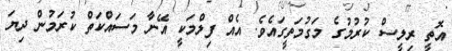
އޮތީ ރިލީސް ކުރުމުގެ މަގުމަތީގައެވެ. އެއް ފިލްމަކީ އޭނާ މަސައްކަތް ކުރަމުން ދިޔަ